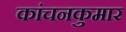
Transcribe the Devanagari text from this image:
कांचनकुमार